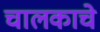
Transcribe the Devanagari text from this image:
चालकाचे